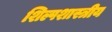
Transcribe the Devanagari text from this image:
शिल्पशास्त्रीय